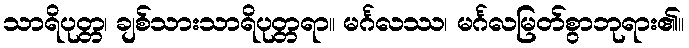
သာရိပုတ္တ၊ ချစ်သားသာရိပုတ္တရာ။ မင်္ဂလဿ၊ မင်္ဂလမြတ်စွာဘုရား၏။